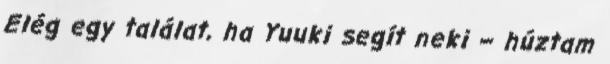
Elég egy találat, ha Yuuki segít neki – húztam